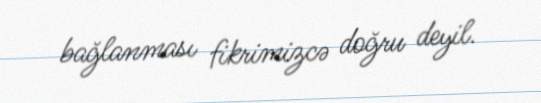
bağlanması fikrimizcə doğru deyil.